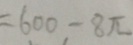
= 6 0 0 - 8 \pi